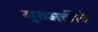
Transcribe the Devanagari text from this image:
गुरुभक्तीचे